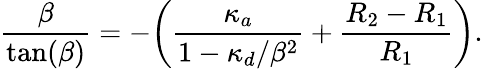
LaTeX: \frac{\beta}{\tan(\beta)}=-\biggl(\frac{\kappa_{a}}{1-\kappa_{d}/\beta^{2}}+\frac{R_{2}-R_{1}}{R_{1}}\biggr).